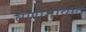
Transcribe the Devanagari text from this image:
वणीगावात